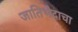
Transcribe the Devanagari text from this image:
जातिभेदाचा